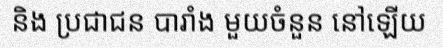
និង ប្រជាជន បារាំង មួយចំនួន នៅឡើយ